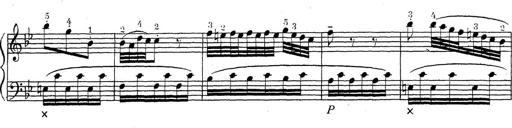
Title: ÄŒeskÃ© Sonatiny
Composer: Various